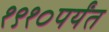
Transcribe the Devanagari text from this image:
१९१०पर्यंत